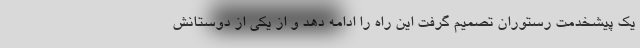
یک پیشخدمت رستوران تصمیم گرفت این راه را ادامه دهد و از یکی از دوستانش